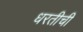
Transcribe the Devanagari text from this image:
धरतीची